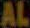
AL